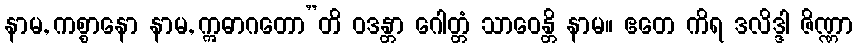
နာမ, ကစ္စာနော နာမ, ဣဓာဂတော”တိ ဝဒန္တာ ဂေါတ္တံ သာဝေန္တိ နာမ။ ဧတေ ကိရ ဒလိဒ္ဒါ ဇိဏ္ဏာ